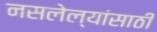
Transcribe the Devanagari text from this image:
नसलेल्यांसाठी